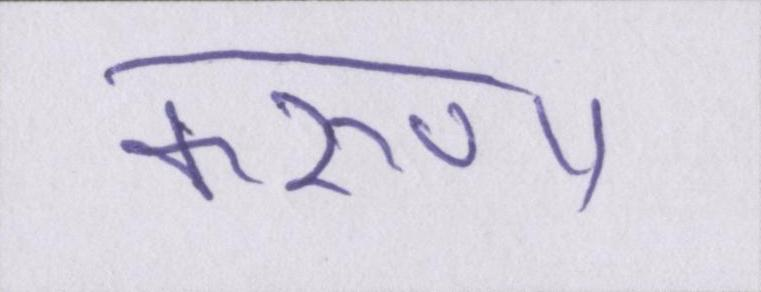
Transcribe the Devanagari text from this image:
करुणा